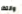
وانتظر